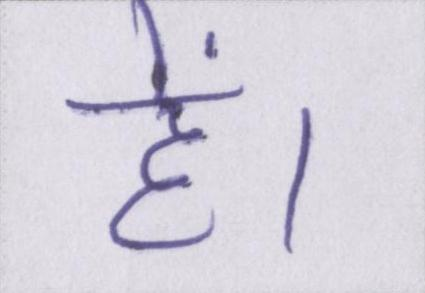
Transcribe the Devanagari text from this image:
हें।